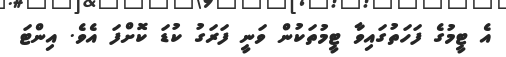
އެ ޓީމުގެ ފަހަތުގައިވާ ޓީމުތަކުން ވަނީ ފަރަގު ކުޑަ ކޮށްފަ އެވެ. އިންޓަ